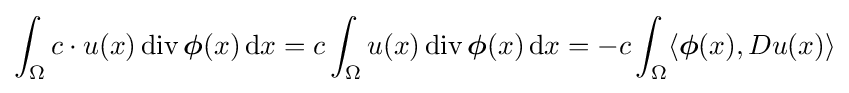
\int _{\Omega }c\cdot u(x)\operatorname {div} {\boldsymbol {\phi }}(x)\,\mathrm {d} x=c\int _{\Omega }u(x)\operatorname {div} {\boldsymbol {\phi }}(x)\,\mathrm {d} x=-c\int _{\Omega }\langle {\boldsymbol {\phi }}(x),Du(x)\rangle